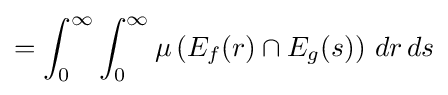
=\int _{0}^{\infty }\int _{0}^{\infty }\mu \left(E_{f}(r)\cap E_{g}(s)\right)\,dr\,ds